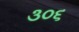
૩૦૬